Proceedings of the meeting of veterinary officers in India
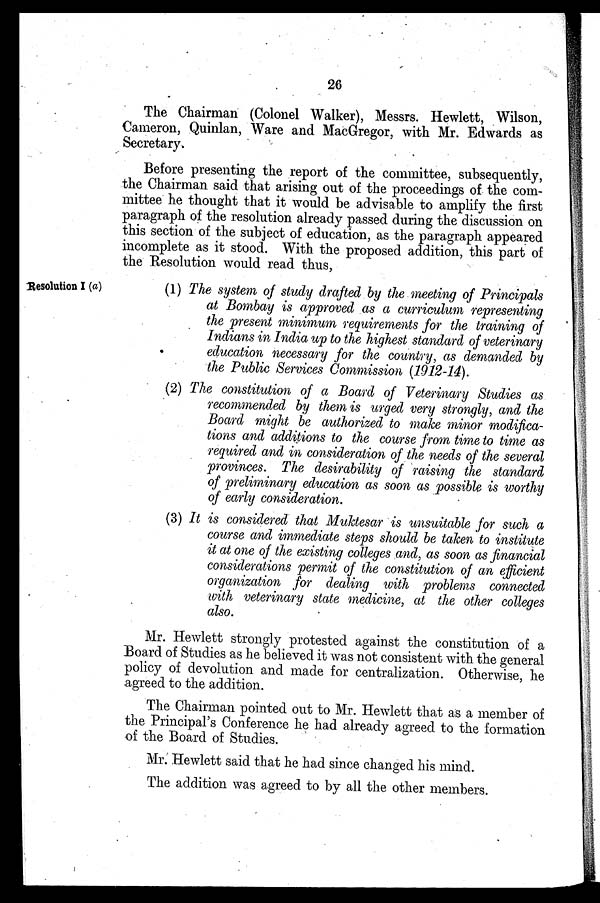
26
The Chairman (Colonel Walker), Messrs. Hewlett, Wilson,
Cameron, Quinlan, Ware and MacGregor, with Mr. Edwards as
Secretary.
Before presenting the report of the committee, subsequently,
the Chairman said that arising out of the proceedings of the com-
mittee he thought that it would be advisable to amplify the first
paragraph of the resolution already passed during the discussion on
this section of the subject of education, as the paragraph appeared
incomplete as it stood. With the proposed addition, this part of
the Resolution would read thus,
Resolution I (a)
(1) The system of study drafted by the meeting of Principals
at Bombay is approved as a curriculum representing
the present minimum requirements for the training of
Indians in India up to the highest standard of veterinary
education necessary for the country, as demanded by
the Public Services Commission (1912-14).
(2) The constitution of a Board of Veterinary Studies as
recommended by them is urged very strongly, and the
Board might be authorized to make minor modifica-
tions and additions to the course from time to time as
required and in consideration of the needs of the several
provinces. The desirability of raising the standard
of preliminary education as soon as possible is worthy
of early consideration.
(3) It is considered that Muktesar is unsuitable for such a
course and immediate steps should be taken to institute
it at one of the existing colleges and, as soon as financial
considerations permit of the constitution of an efficient
organization for dealing with problems connected
with veterinary state medicine, at the other colleges
also.
Mr. Hewlett strongly protested against the constitution of a
Board of Studies as he believed it was not consistent with the general
policy of devolution and made for centralization. Otherwise, he
agreed to the addition.
The Chairman pointed out to Mr. Hewlett that as a member of
the Principal's Conference he had already agreed to the formation
of the Board of Studies.
Mr. Hewlett said that he had since changed his mind.
The addition was agreed to by all the other members.